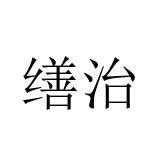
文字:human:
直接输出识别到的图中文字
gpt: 缮治